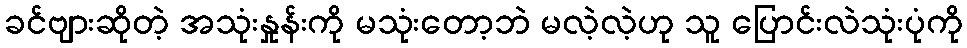
ခင်ဗျားဆိုတဲ့ အသုံးနှုန်းကို မသုံးတော့ဘဲ မလဲ့လဲ့ဟု သူ ပြောင်းလဲသုံးပုံကို